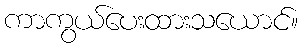
ကာကွယ်ပေးထားသယောင်။